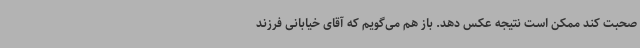
صحبت کند ممکن است نتیجه عکس دهد. باز هم می‌گویم که آقای خیابانی فرزند